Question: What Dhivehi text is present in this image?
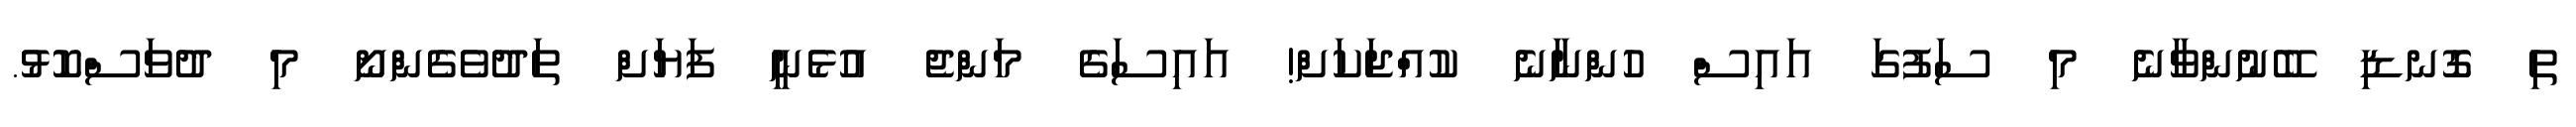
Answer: ތި ގޮނޑި ބޭނުންވާނެ މި ސަފުގަ އައިސް ހުންނާނެ ކުއްޖަކަށް! އައިސަގެ މަންޖެ އުޅެނީ ފަޔަށް ތަދުވެގެންނޯ މި ދުވަސްކޮޅު.